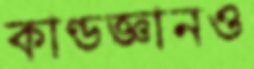
কাণ্ডজ্ঞানও